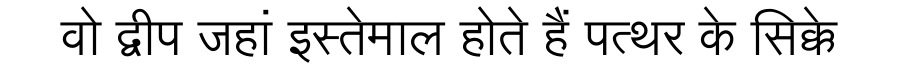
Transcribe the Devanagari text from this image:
वो द्वीप जहां इस्तेमाल होते हैं पत्थर के सिक्के